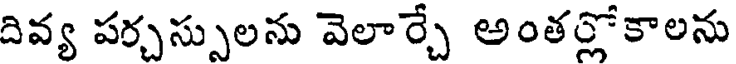
దివ్య పర్చస్సులను వెలార్చే అంతర్లోకాలను